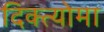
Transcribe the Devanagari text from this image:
दिक्त्योमा